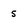
Character: 5